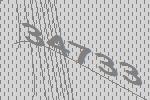
34733